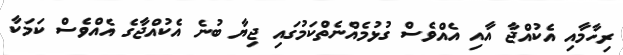
ރިހާމާއި އެކުއްޖާ އާއި އެއްވެސް ގުޅުމެއްނެތްކަމުގައި ޖިޔާ ބުނެ އެކުއްޖާގެ އެއްވެސް ކަމަކާ